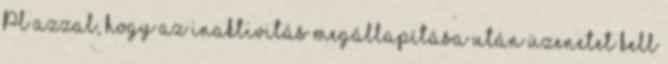
Pl azzal, hogy az inaktivitás megállapítása után üzenetet kell